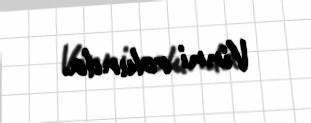
Vinni rolunda.